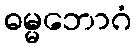
ဓမ္မဘောဂံ